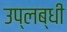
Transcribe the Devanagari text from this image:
उप्लब्धी